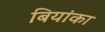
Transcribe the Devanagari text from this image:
बियांका